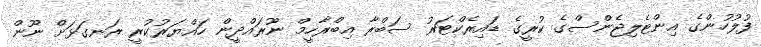
ފުލުހުންގެ އިންޓެލިޖެންސްގެ ކުރީގެ ޑައިރެކްޓަރު ސަބްރާ އިބްރާހީމް ނޫރައްދީން ހައްޔަރުކުރީ ރަނގަޅަށް ނޫން